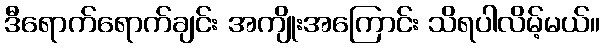
ဒီရောက်ရောက်ချင်း အကျိုးအကြောင်း သိရပါလိမ့်မယ်။